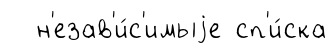
н'езав'и́с'имыjе сп'и́ска